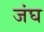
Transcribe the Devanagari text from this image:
जंघ